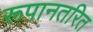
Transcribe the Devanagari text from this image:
रूपानतरित